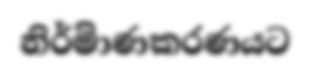
නිර්මිාණකරණයට